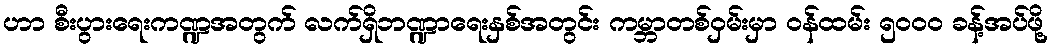
ဟာ စီးပွားရေးကဏ္ဍအတွက် လက်ရှိဘဏ္ဍာရေးနှစ်အတွင်း ကမ္ဘာတစ်ဝှမ်းမှာ ဝန်ထမ်း ၅၀၀၀ ခန့်အပ်ဖို့